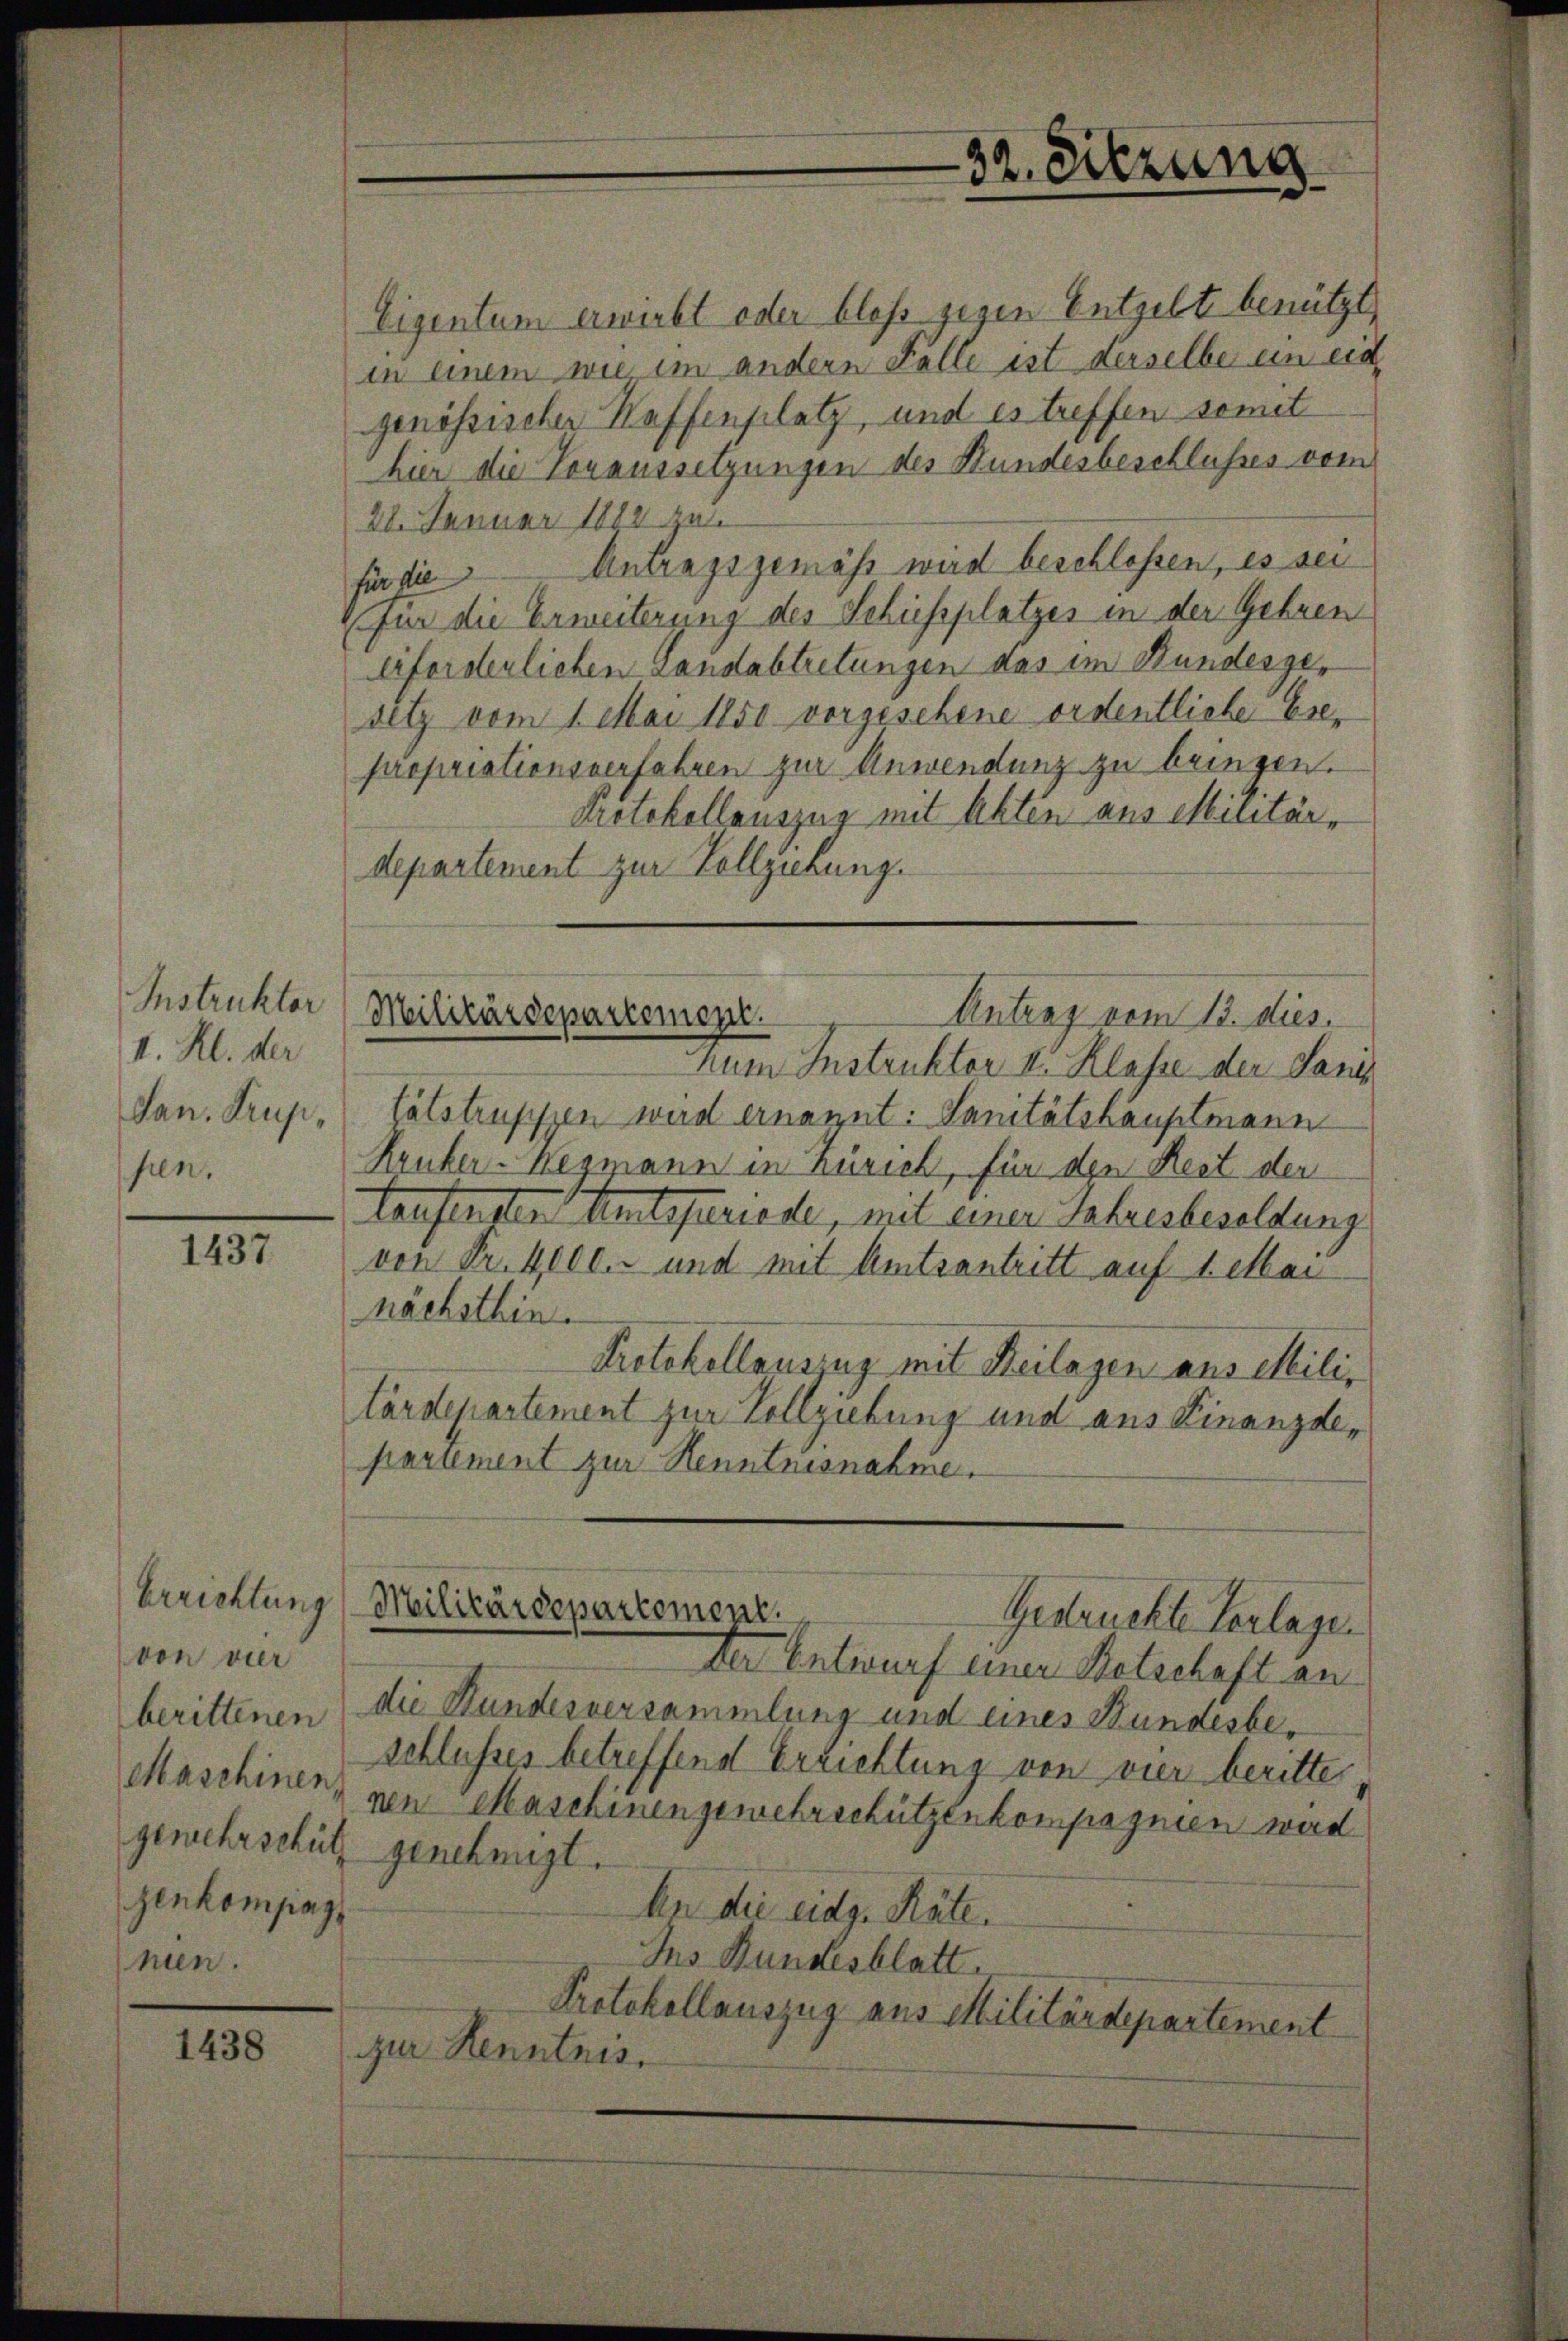
Instruktor
II. Kl. der
Jan. Trupsen.

1437

Berichtung
von vier
berittenen
Maschinen,
gemehrschütz
zenkompag
men.

1438

Eigentum erwirbt oder bloss gegen Entgelt benützt,
in einem wie im andern Felle ist derselbe ein ein
genössischer Haffenplatz, und es treffen somit
hier die Voraussetzungen des Hundesbeschlusses vom
28. Januar 1882 zu
für die Antragsgemäss wird beschlossen, es sei
für die Erweiterung des Schuessplatzes in der Gebren
Eiforderlichen Landabtretungen das im Bundesgesetz vom 1. Mai 1850 vorgesehene ordentliche Ese-
propriationsverfahren zur Anwendung zu bringen.
Protokollauszug mit Akten aus Militärdepartement zur Vollziehung.

32. Sitzung

Antrag vom 13. dies.
Militärdepartement.

hum Instruktor v. Klasse der Sani
lätstruppen wird ernannt. Sanitätshauptmann
Kruber-Wegmann in Zürich, für den Rest der
Taufenster Autoferiode, mit einer Jahresbesoldung
von Fr. 4000. und mit Amtsantritt auf 1. Mai
nächsthin.
Protokollaus u. mit Beilagen aus Milis
tärdepartement zur Vollziehung und aus Finanzdepartement zur Henntnisnahme.
Militärdepartement.
Gestruckte Verlagen
ter Entwurf einer Botschaft an
die Stundesversammlung und eines Stundesbeschlusses betreffend Errichtung von vier beritter,
nen Maschinengemehrschützenkompagnien wird
genehmigt.
An die eidg. Räte.
Ins Bundesblatt.
Protokollauszug aus Militärdepartement
zur Kenntnis.